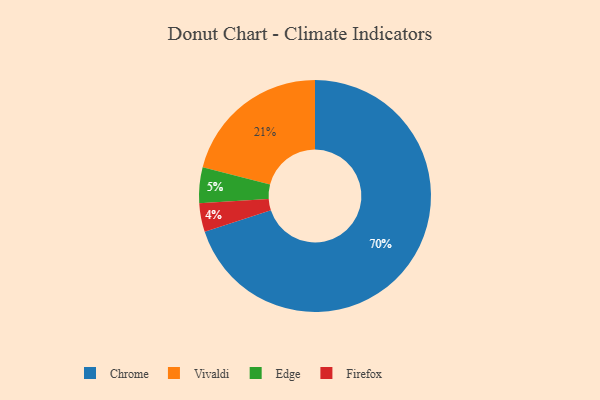
{"axis": {"x": "Category", "y": "Percentage"}, "legend": ["Chrome", "Edge", "Firefox", "Vivaldi"], "data": [{"x": "Firefox", "y": 4, "type": "Firefox"}, {"x": "Edge", "y": 5, "type": "Edge"}, {"x": "Chrome", "y": 70, "type": "Chrome"}, {"x": "Vivaldi", "y": 21, "type": "Vivaldi"}]}